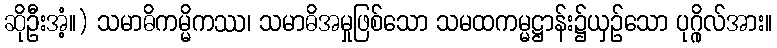
ဆိုဦးအံ့။) သမာဓိကမ္မိကဿ၊ သမာဓိအမှုဖြစ်သော သမထကမ္မဋ္ဌာန်း၌ယှဉ်သော ပုဂ္ဂိုလ်အား။